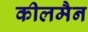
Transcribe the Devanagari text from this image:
कीलमैन